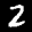
Label: 2